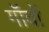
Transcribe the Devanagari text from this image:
गॉंवों